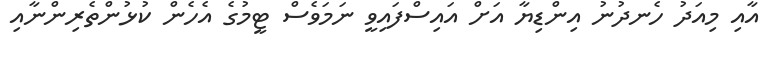
އާއި މިއަދު ހެނދުނު އިންޑިޔާ އަށް އައިސްފައިވީ ނަމަވެސް ޓީމުގެ އެހެން ކުޅުންތެރިންނާއި